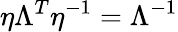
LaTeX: \eta\Lambda^{T}\eta^{-1}=\Lambda^{-1}